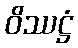
ဝိဿဋ္ဌံ